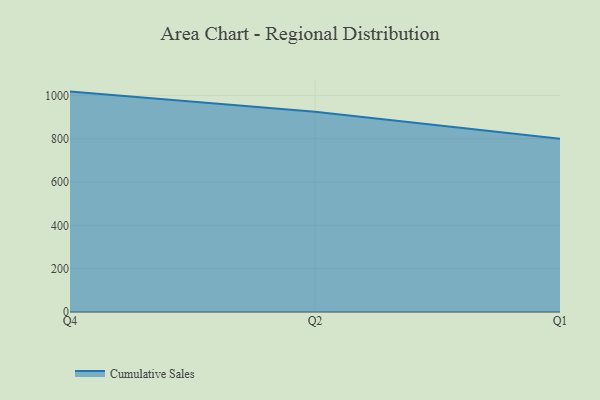
{"axis": {"x": "Quarter", "y": "Tickets Resolved"}, "legend": ["Cumulative Sales"], "data": [{"x": "Q4", "y": 1017.3, "type": "Cumulative Sales"}, {"x": "Q2", "y": 924.2, "type": "Cumulative Sales"}, {"x": "Q1", "y": 800, "type": "Cumulative Sales"}]}